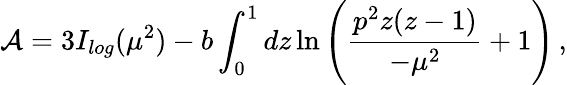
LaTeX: {\cal{A}}=3I_{log}(\mu^{2})-b\int_{0}^{1}dz\ln\Bigg(\frac{p^{2}z(z-1)}{-\mu^{2}}+1\Bigg)\, ,